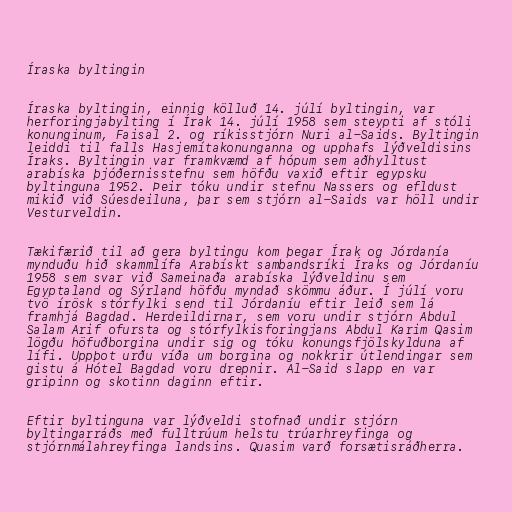
Íraska byltingin

Íraska byltingin, einnig kölluð 14. júlí byltingin, var
herforingjabylting í Írak 14. júlí 1958 sem steypti af stóli
konunginum, Faisal 2. og ríkisstjórn Nuri al-Saids. Byltingin
leiddi til falls Hasjemítakonunganna og upphafs lýðveldisins
Íraks. Byltingin var framkvæmd af hópum sem aðhylltust
arabíska þjóðernisstefnu sem höfðu vaxið eftir egypsku
byltinguna 1952. Þeir tóku undir stefnu Nassers og efldust
mikið við Súesdeiluna, þar sem stjórn al-Saids var höll undir
Vesturveldin.

Tækifærið til að gera byltingu kom þegar Írak og Jórdanía
mynduðu hið skammlífa Arabískt sambandsríki Íraks og Jórdaníu
1958 sem svar við Sameinaða arabíska lýðveldinu sem
Egyptaland og Sýrland höfðu myndað skömmu áður. Í júlí voru
tvö írösk stórfylki send til Jórdaníu eftir leið sem lá
framhjá Bagdad. Herdeildirnar, sem voru undir stjórn Abdul
Salam Arif ofursta og stórfylkisforingjans Abdul Karim Qasim
lögðu höfuðborgina undir sig og tóku konungsfjölskylduna af
lífi. Uppþot urðu víða um borgina og nokkrir útlendingar sem
gistu á Hótel Bagdad voru drepnir. Al-Said slapp en var
gripinn og skotinn daginn eftir.

Eftir byltinguna var lýðveldi stofnað undir stjórn
byltingarráðs með fulltrúum helstu trúarhreyfinga og
stjórnmálahreyfinga landsins. Quasim varð forsætisráðherra.